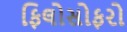
ફિલોસોફરો